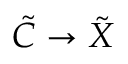
\tilde { C } \rightarrow \tilde { X }